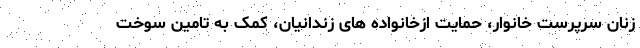
زنان سرپرست خانوار، حمایت ازخانواده های زندانیان، کمک به تامین سوخت